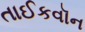
તાઈકવૉન